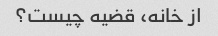
از خانه، قضیه چیست؟